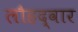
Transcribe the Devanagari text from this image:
लौहद्वार